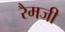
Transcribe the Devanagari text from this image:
रैमजी